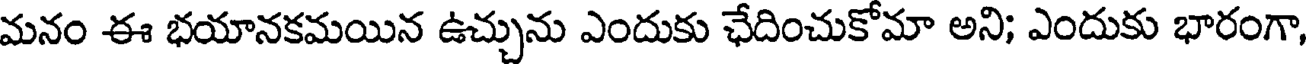
మనం ఈ భయానకమయిన ఉచ్చును ఎందుకు ఛేదించుకోమా అని; ఎందుకు భారంగా